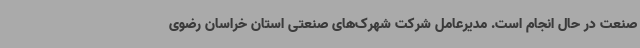
صنعت در حال انجام است. مدیرعامل شرکت شهرک‌های صنعتی استان خراسان رضوی